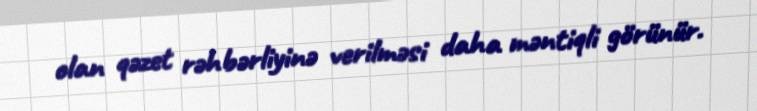
olan qəzet rəhbərliyinə verilməsi daha məntiqli görünür.